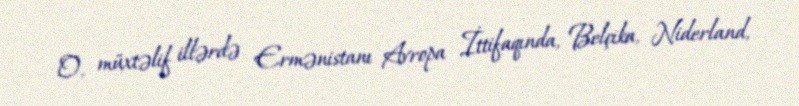
O, müxtəlif illərdə Ermənistanı Avropa İttifaqında, Belçika, Niderland,